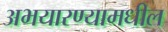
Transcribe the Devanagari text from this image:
अभयारण्यामधील